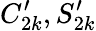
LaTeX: C_{2k}^{\prime},S_{2k}^{\prime}